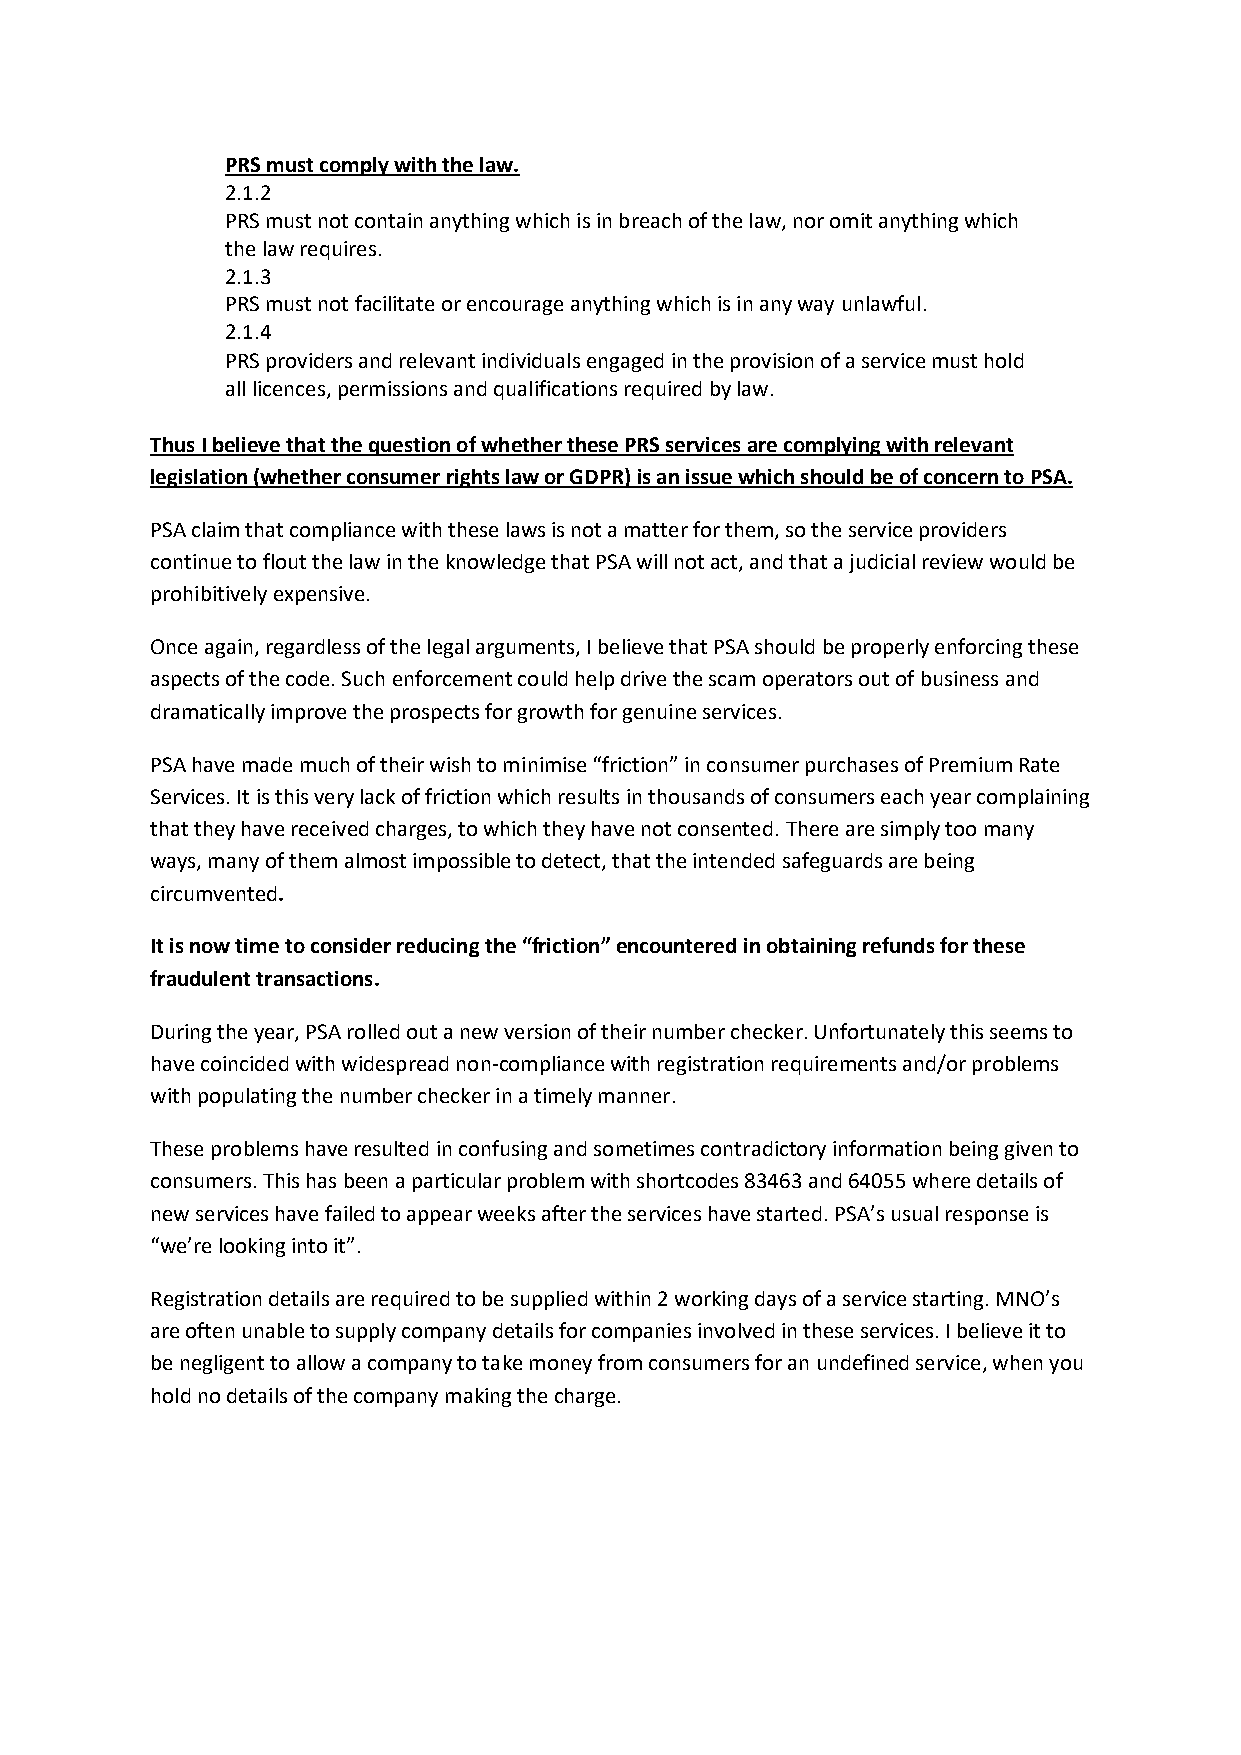
PRS must comply with the law.
 2.1.2
 PRS must not contain anything which is in breach of the law, nor omit anything which
 the law requires.
 2.1.3
 PRS must not facilitate or encourage anything which is in any way unlawful.
 2.1.4
 PRS providers and relevant individuals engaged in the provision of a service must hold
 all licences, permissions and qualifications required by law.
 Thus I believe that the question of whether these PRS services are complying with relevant
 legislation (whether consumer rights law or GDPR) is an issue which should be of concern to PSA.
 PSA claim that compliance with these laws is not a matter for them, so the service providers
 continue to flout the law in the knowledge that PSA will not act, and that a judicial review would be
 prohibitively expensive.
 Once again, regardless of the legal arguments, I believe that PSA should be properly enforcing these
 aspects of the code. Such enforcement could help drive the scam operators out of business and
 dramatically improve the prospects for growth for genuine services.
 PSA have made much of their wish to minimise “friction” in consumer purchases of Premium Rate
 Services. It is this very lack of friction which results in thousands of consumers each year complaining
 that they have received charges, to which they have not consented. There are simply too many
 ways, many of them almost impossible to detect, that the intended safeguards are being
 circumvented.
 It is now time to consider reducing the “friction” encountered in obtaining refunds for these
 fraudulent transactions.
 During the year, PSA rolled out a new version of their number checker. Unfortunately this seems to
 have coincided with widespread non-compliance with registration requirements and/or problems
 with populating the number checker in a timely manner.
 These problems have resulted in confusing and sometimes contradictory information being given to
 consumers. This has been a particular problem with shortcodes 83463 and 64055 where details of
 new services have failed to appear weeks after the services have started. PSA’s usual response is
 “we’re looking into it”.
 Registration details are required to be supplied within 2 working days of a service starting. MNO’s
 are often unable to supply company details for companies involved in these services. I believe it to
 be negligent to allow a company to take money from consumers for an undefined service, when you
 hold no details of the company making the charge.